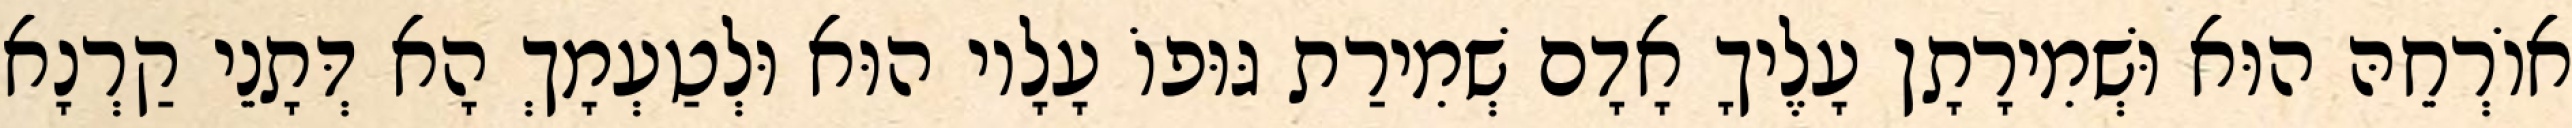
אוֹרְחֵהּ הוּא וּשְׁמִירָתָן עָלֶיךָ אָדָם שְׁמִירַת גּוּפוֹ עָלָיו הוּא וּלְטַעְמָךְ הָא דְּתָנֵי קַרְנָא